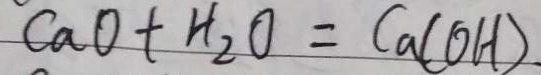
C a O + H _ { 2 } O = C a ( O H ) .